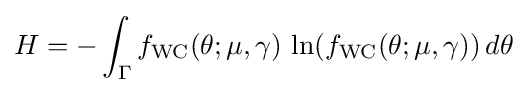
H=-\int _{\Gamma }f_{\text{WC}}(\theta ;\mu ,\gamma )\,\ln(f_{\text{WC}}(\theta ;\mu ,\gamma ))\,d\theta